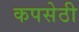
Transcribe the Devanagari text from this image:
कपसेठी